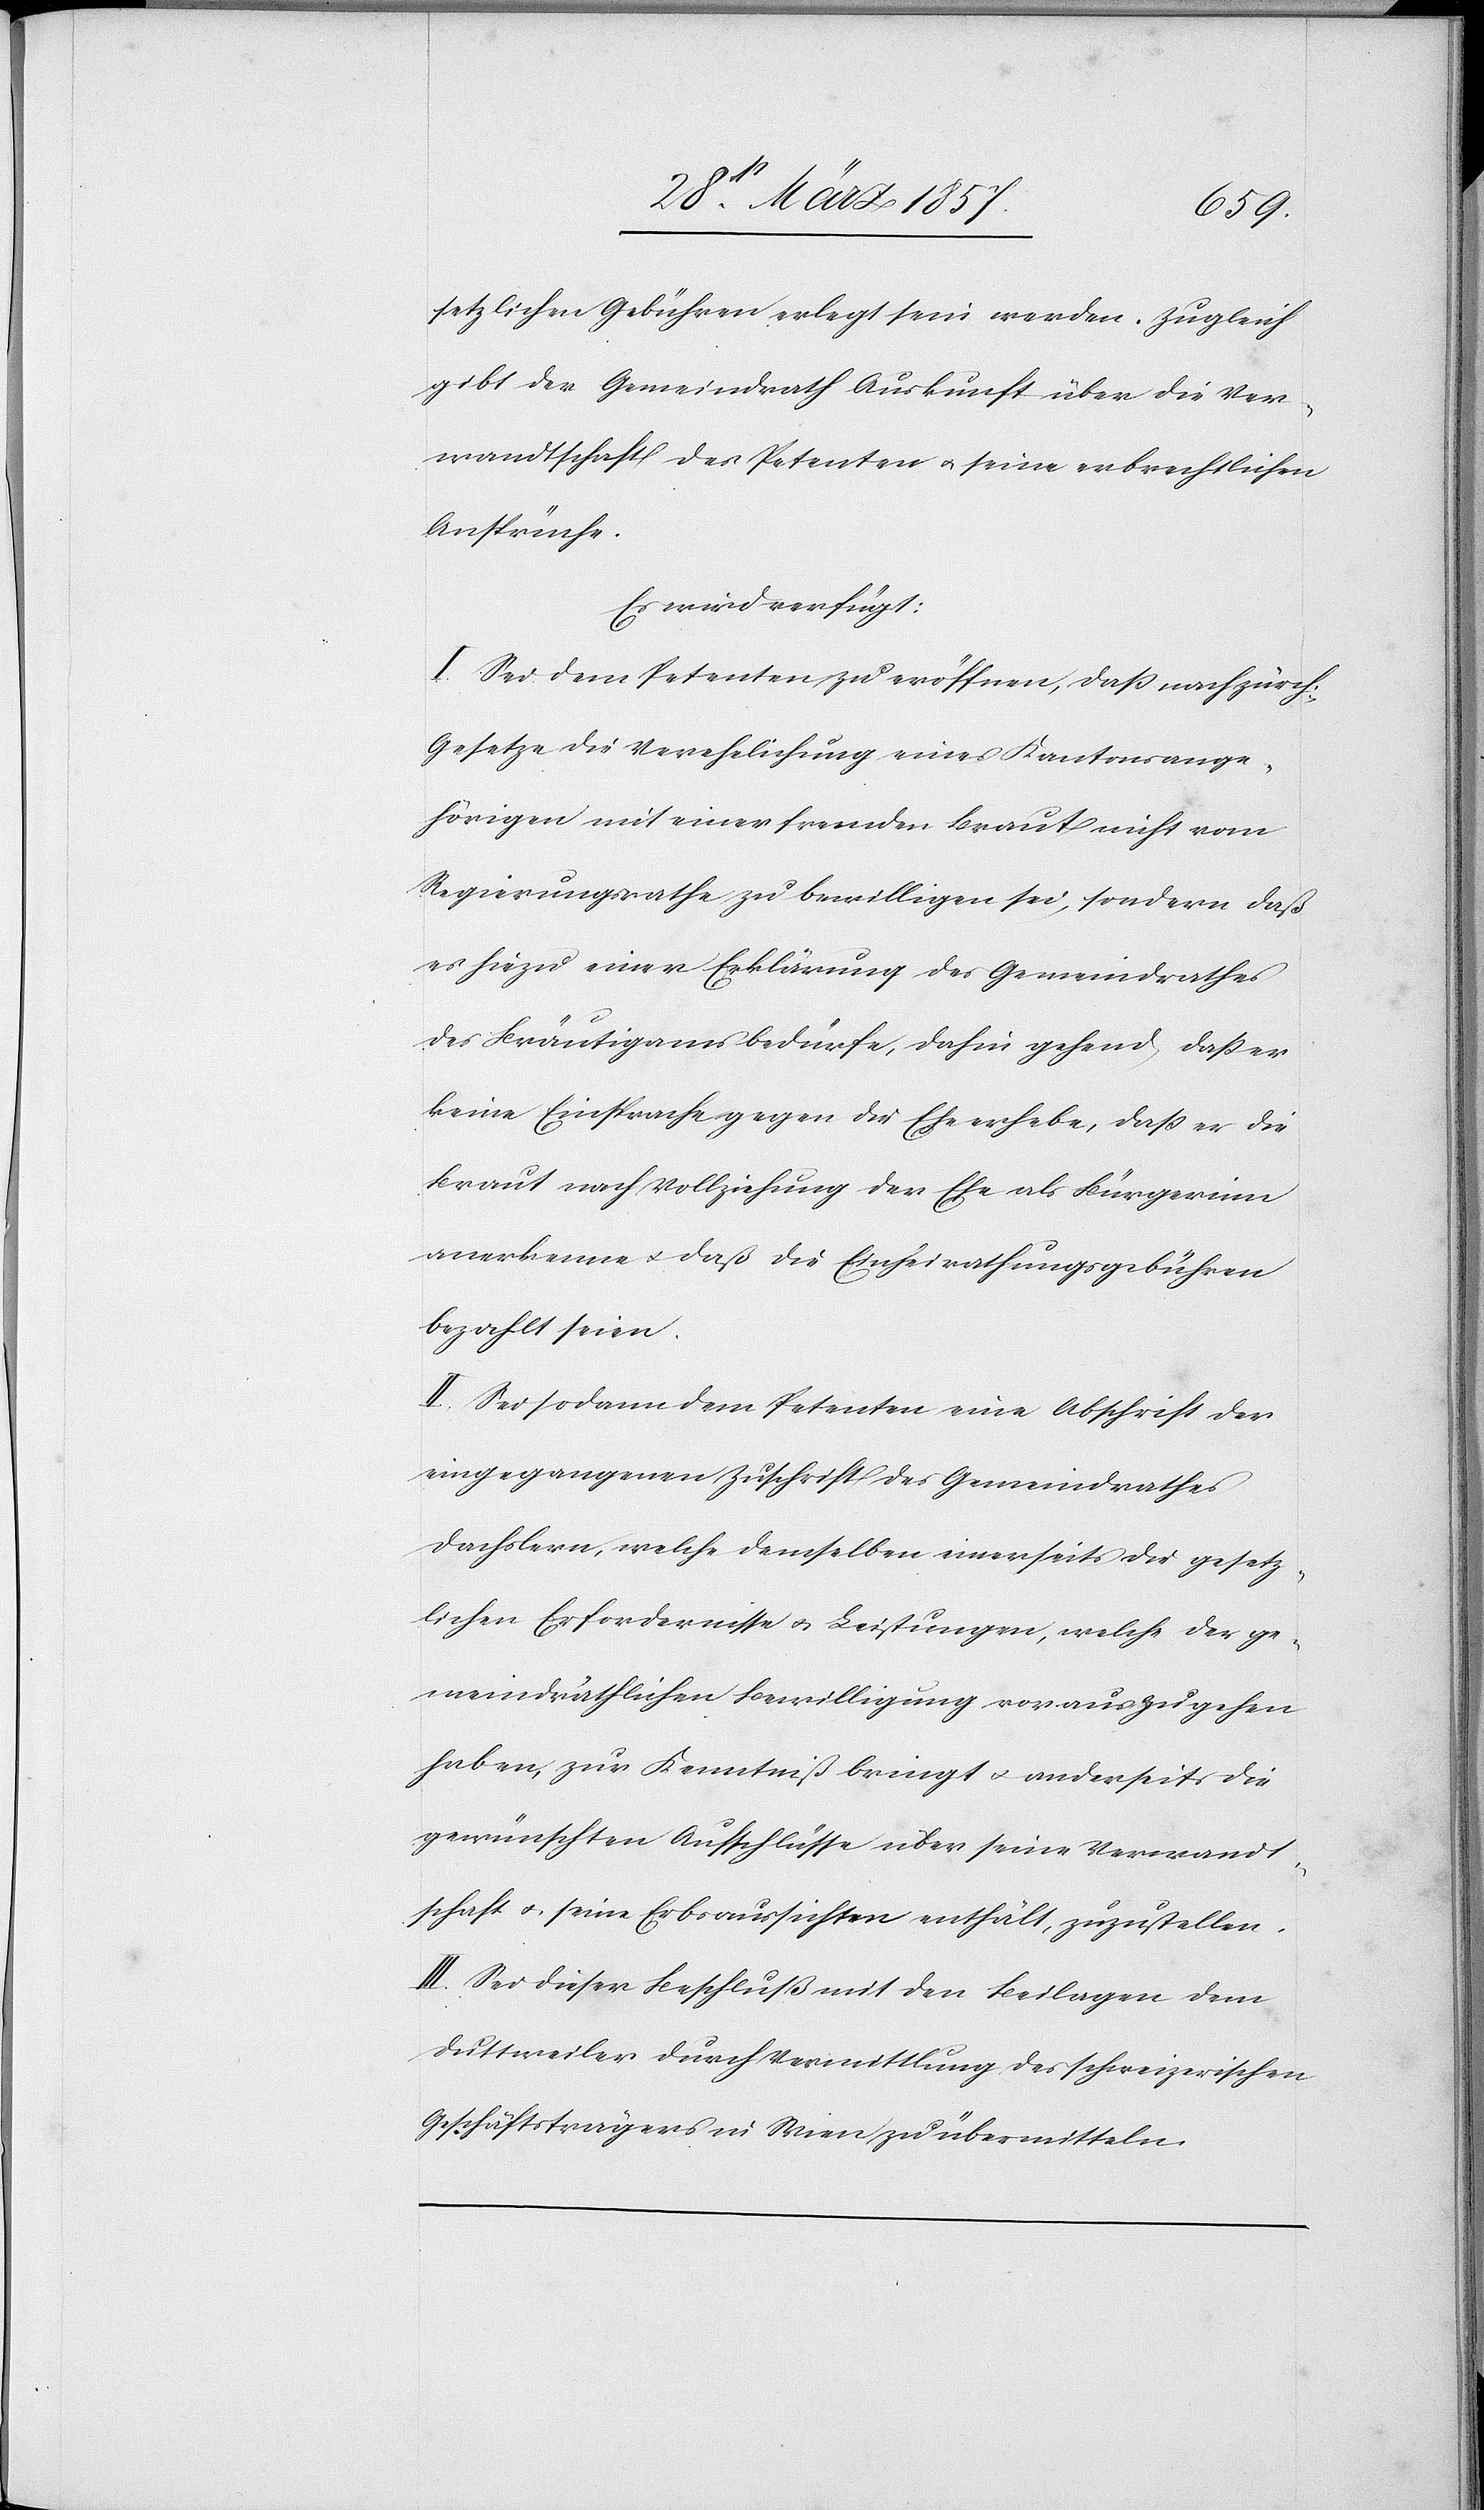
setzlichen Gebühren erlegt sein werden. Zugleich
gibt der Gemeindrath Auskunft über die Ver¬
wandtschaft des Petenten u. seine erbrechtlichen
Ansprüche.
Es wird verfügt:
I. Sei dem Petenten zu eröffnen, daß nach zürch.
Gesetze die Verehelichung eines Kantonsange¬
hörigen mit einer fremden Braut nicht vom
Regierungsrathe zu bewilligen sei, sondern daß
es hiezu eine Erklärung des Gemeindrathes
des Bräutigams bedürfe, dahin gehend, daß er
keine Einsprache gegen die Ehe erhebe, daß er die
Braut nach Vollziehung der Ehe als Bürgerinn
anerkenne u. daß die Einheirathungsgebühren
bezahlt seien.
II. Sei sodann dem Petenten eine Abschrift der
eingegangenen Zuschrift des Gemeindrathes
Dachslern, welche demselben einerseits die gesetz¬
lichen Erfordernisse u. Leistungen, welche der ge¬
meindräthlichen Bewilligung vorauszugehen
haben, zur Kenntniß bringt u. anderseits die
gewünschten Aufschlüsse über seine Verwandt¬
schaft u. seine Erbaussichten enthält, zuzustellen.
III. Sei dieser Beschluß mit den Beilagen dem
Duttweiler durch Vermittlung des schweizerischen
Geschäftsträgers in Wien zu übermitteln.